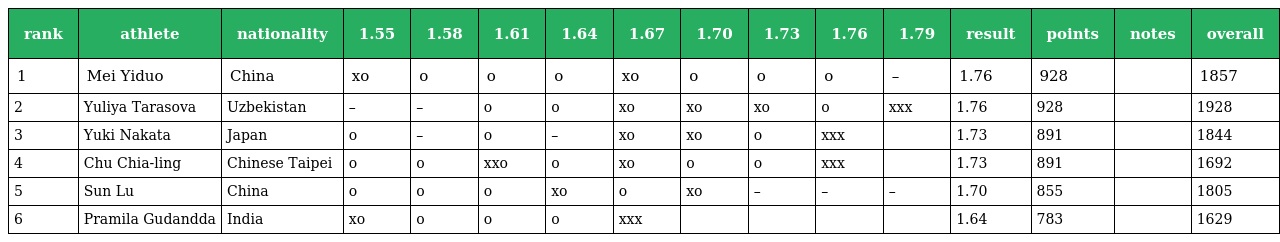
| rank | athlete | nationality | 1.55 | 1.58 | 1.61 | 1.64 | 1.67 | 1.70 | 1.73 | 1.76 | 1.79 | result | points | notes | overall |
 | --- | --- | --- | --- | --- | --- | --- | --- | --- | --- | --- | --- | --- | --- | --- | --- |
 | 1 | Mei Yiduo | China | xo | o | o | o | xo | o | o | o | – | 1.76 | 928 |  | 1857 |
 | 2 | Yuliya Tarasova | Uzbekistan | – | – | o | o | xo | xo | xo | o | xxx | 1.76 | 928 |  | 1928 |
 | 3 | Yuki Nakata | Japan | o | – | o | – | xo | xo | o | xxx |  | 1.73 | 891 |  | 1844 |
 | 4 | Chu Chia-ling | Chinese Taipei | o | o | xxo | o | xo | o | o | xxx |  | 1.73 | 891 |  | 1692 |
 | 5 | Sun Lu | China | o | o | o | xo | o | xo | – | – | – | 1.70 | 855 |  | 1805 |
 | 6 | Pramila Gudandda | India | xo | o | o | o | xxx |  |  |  |  | 1.64 | 783 |  | 1629 |